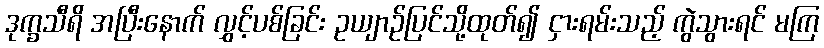
ဒုက္ခသီရိ အပြီးနောက် လွှင့်ပစ်ခြင်း ဥယျာဉ်ပြင်သို့ထုတ်၍ ငှားရမ်းသည့် ကွဲသွားရင် မကြ